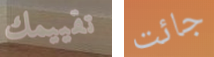
تقييمك جائت